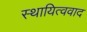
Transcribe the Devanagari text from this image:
स्थायित्ववाद